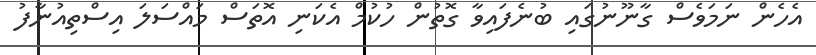
އެހެން ނަމަވެސް ގާނޫނުގައި ބުނެފައިވާ ގޮތުން ހުކުމް އެކަނި އޮތަސް މައްސަލަ އިސްތިއުނާފު